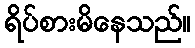
ရိပ်စားမိနေသည်။